Indian journal of veterinary science and animal husbandry - Volume 10,
Year: 1940
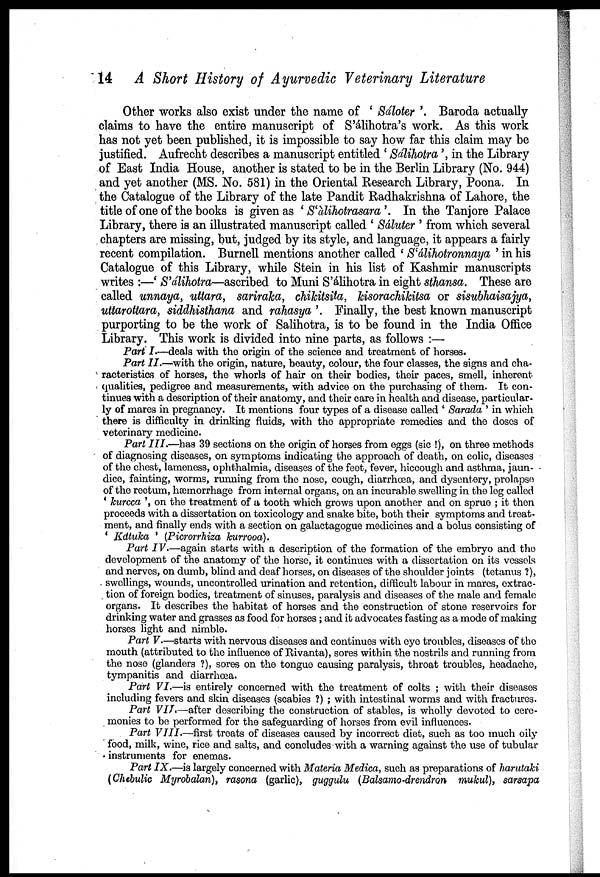
14 A Short History of Ayurvedic Veterinary Literature
Other works also exist under the name of ' Sáloter '. Baroda actually
claims to have the entire manuscript of S'álihotra's work. As this work
has not yet been published, it is impossible to say how far this claim may be
justified. Aufrecht describes a manuscript entitled ' Sálihotra', in the Library
of East India House, another is stated to be in the Berlin Library (No. 944)
and yet another (MS. No. 581) in the Oriental Research Library, Poona. In
the Catalogue of the Library of the late Pandit Radhakrishna of Lahore, the
title of one of the books is given as 'S'àlihotrasara'. In the Tanjore Palace
Library, there is an illustrated manuscript called ' Sáluter ' from which several
chapters are missing, but, judged by its style, and language, it appears a fairly
recent compilation. Burnell mentions another called ' S'álihotronnaya ' in his
Catalogue of this Library, while Stein in his list of Kashmir manuscripts
writes :—' S'álihotra—ascribed to Muni S'álihotra in eight sthansa. These are
called unnaya, uttara, sariraka, chikitsita, kisorachikitsa or sisubhaisajya,
uttarottara, siddhisthana and rahasya '. Finally, the best known manuscript
purporting to be the work of Salihotra, is to be found in the India Office
Library. This work is divided into nine parts, as follows :—
Part I.—deals with the origin of the science and treatment of horses.
Part II.—with the origin, nature, beauty, colour, the four classes, the signs and cha-
racteristics of horses, the whorls of hair on their bodies, their paces, smell, inherent
qualities, pedigree and measurements, with advice on the purchasing of them. It con-
tinues with a description of their anatomy, and their care in health and disease, particular-
ly of mares in pregnancy. It mentions four types of a disease called ' Sarada ' in which
there is difficulty in drinking fluids, with the appropriate remedies and the doses of
veterinary medicine.
Part III.—has 39 sections on the origin of horses from eggs (sic !), on three methods
of diagnosing diseases, on symptoms indicating the approach of death, on colic, diseases
of the chest, lameness, ophthalmia, diseases of the feet, fever, hiccough and asthma, jaun-
dice, fainting, worms, running from the nose, cough, diarrhœa, and dysentery, prolapse
of the rectum, hæmorrhage from internal organs, on an incurable swelling in the leg called
' kurcca ', on the treatment of a tooth which grows upon another and on sprue ; it then
proceeds with a dissertation on toxicology and snake bite, both their symptoms and treat-
ment, and finally ends with a section on galactagogue medicines and a bolus consisting of
' Kdtuka ' (Picrorrhiza kurrooa).
Part IV.—again starts with a description of the formation of the embryo and the
development of the anatomy of the horse, it continues with a dissertation on its vessels
and nerves, on dumb, blind and deaf horses, on diseases of the shoulder joints (tetanus ?),
swellings, wounds, uncontrolled urination and retention, difficult labour in mares, extrac-
tion of foreign bodies, treatment of sinuses, paralysis and diseases of the male and female
organs. It describes the habitat of horses and the construction of stone reservoirs for
drinking water and grasses as food for horses; and it advocates fasting as a mode of making
horses light and nimble.
Part V—starts with nervous diseases and continues with eye troubles, diseases of the
mouth (attributed to the influence of Rivanta), sores within the nostrils and running from
the nose (glanders ?), sores on the tongue causing paralysis, throat troubles, headache,
tympanitis and diarrhœa.
Part VI.—is entirely concerned with the treatment of colts ; with their diseases
including fevers and skin diseases (scabies ?) ; with intestinal worms and with fractures.
Part VII.—after describing the construction of stables, is wholly devoted to cere-
monies to be performed for the safeguarding of horses from evil influences.
Part VIII.—first treats of diseases caused by incorrect diet, such as too much oily
food, milk, wine, rice and salts, and concludes with a warning against the use of tubular
instruments for enemas.
Part IX.—is largely concerned with Materia Medica, such as preparations of harutaki
(Chebulic Myrobalan), rasona (garlic), guggulu (Balsamo-drendron mukul), sarsapa